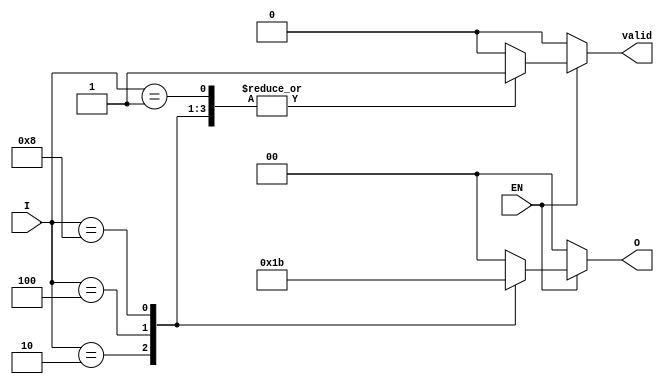
module encoder_1_of_N (
    input  wire [3:0] I,   // 4 input lines
    input  wire EN,        // Enable signal
    output reg [1:0] O,    // 2-bit output for 4 inputs (log2(4) = 2)
    output reg valid        // Indicates valid output
);

// Combinational logic to determine outputs
always @(*) begin
    if (EN) begin
        case (I)
            4'b0001: begin O = 2'b00; valid = 1; end
            4'b0010: begin O = 2'b01; valid = 1; end
            4'b0100: begin O = 2'b10; valid = 1; end
            4'b1000: begin O = 2'b11; valid = 1; end
            default: begin O = 2'b00; valid = 0; end // No inputs active
        endcase
    end else begin
        O = 2'b00; // Output is zero when EN is low
        valid = 0; // Indicate invalid output
    end
end

endmodule